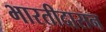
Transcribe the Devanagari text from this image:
भारतीदासन